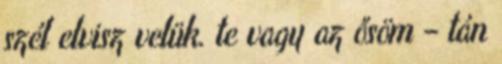
szél elvisz velük. te vagy az ősöm – tán